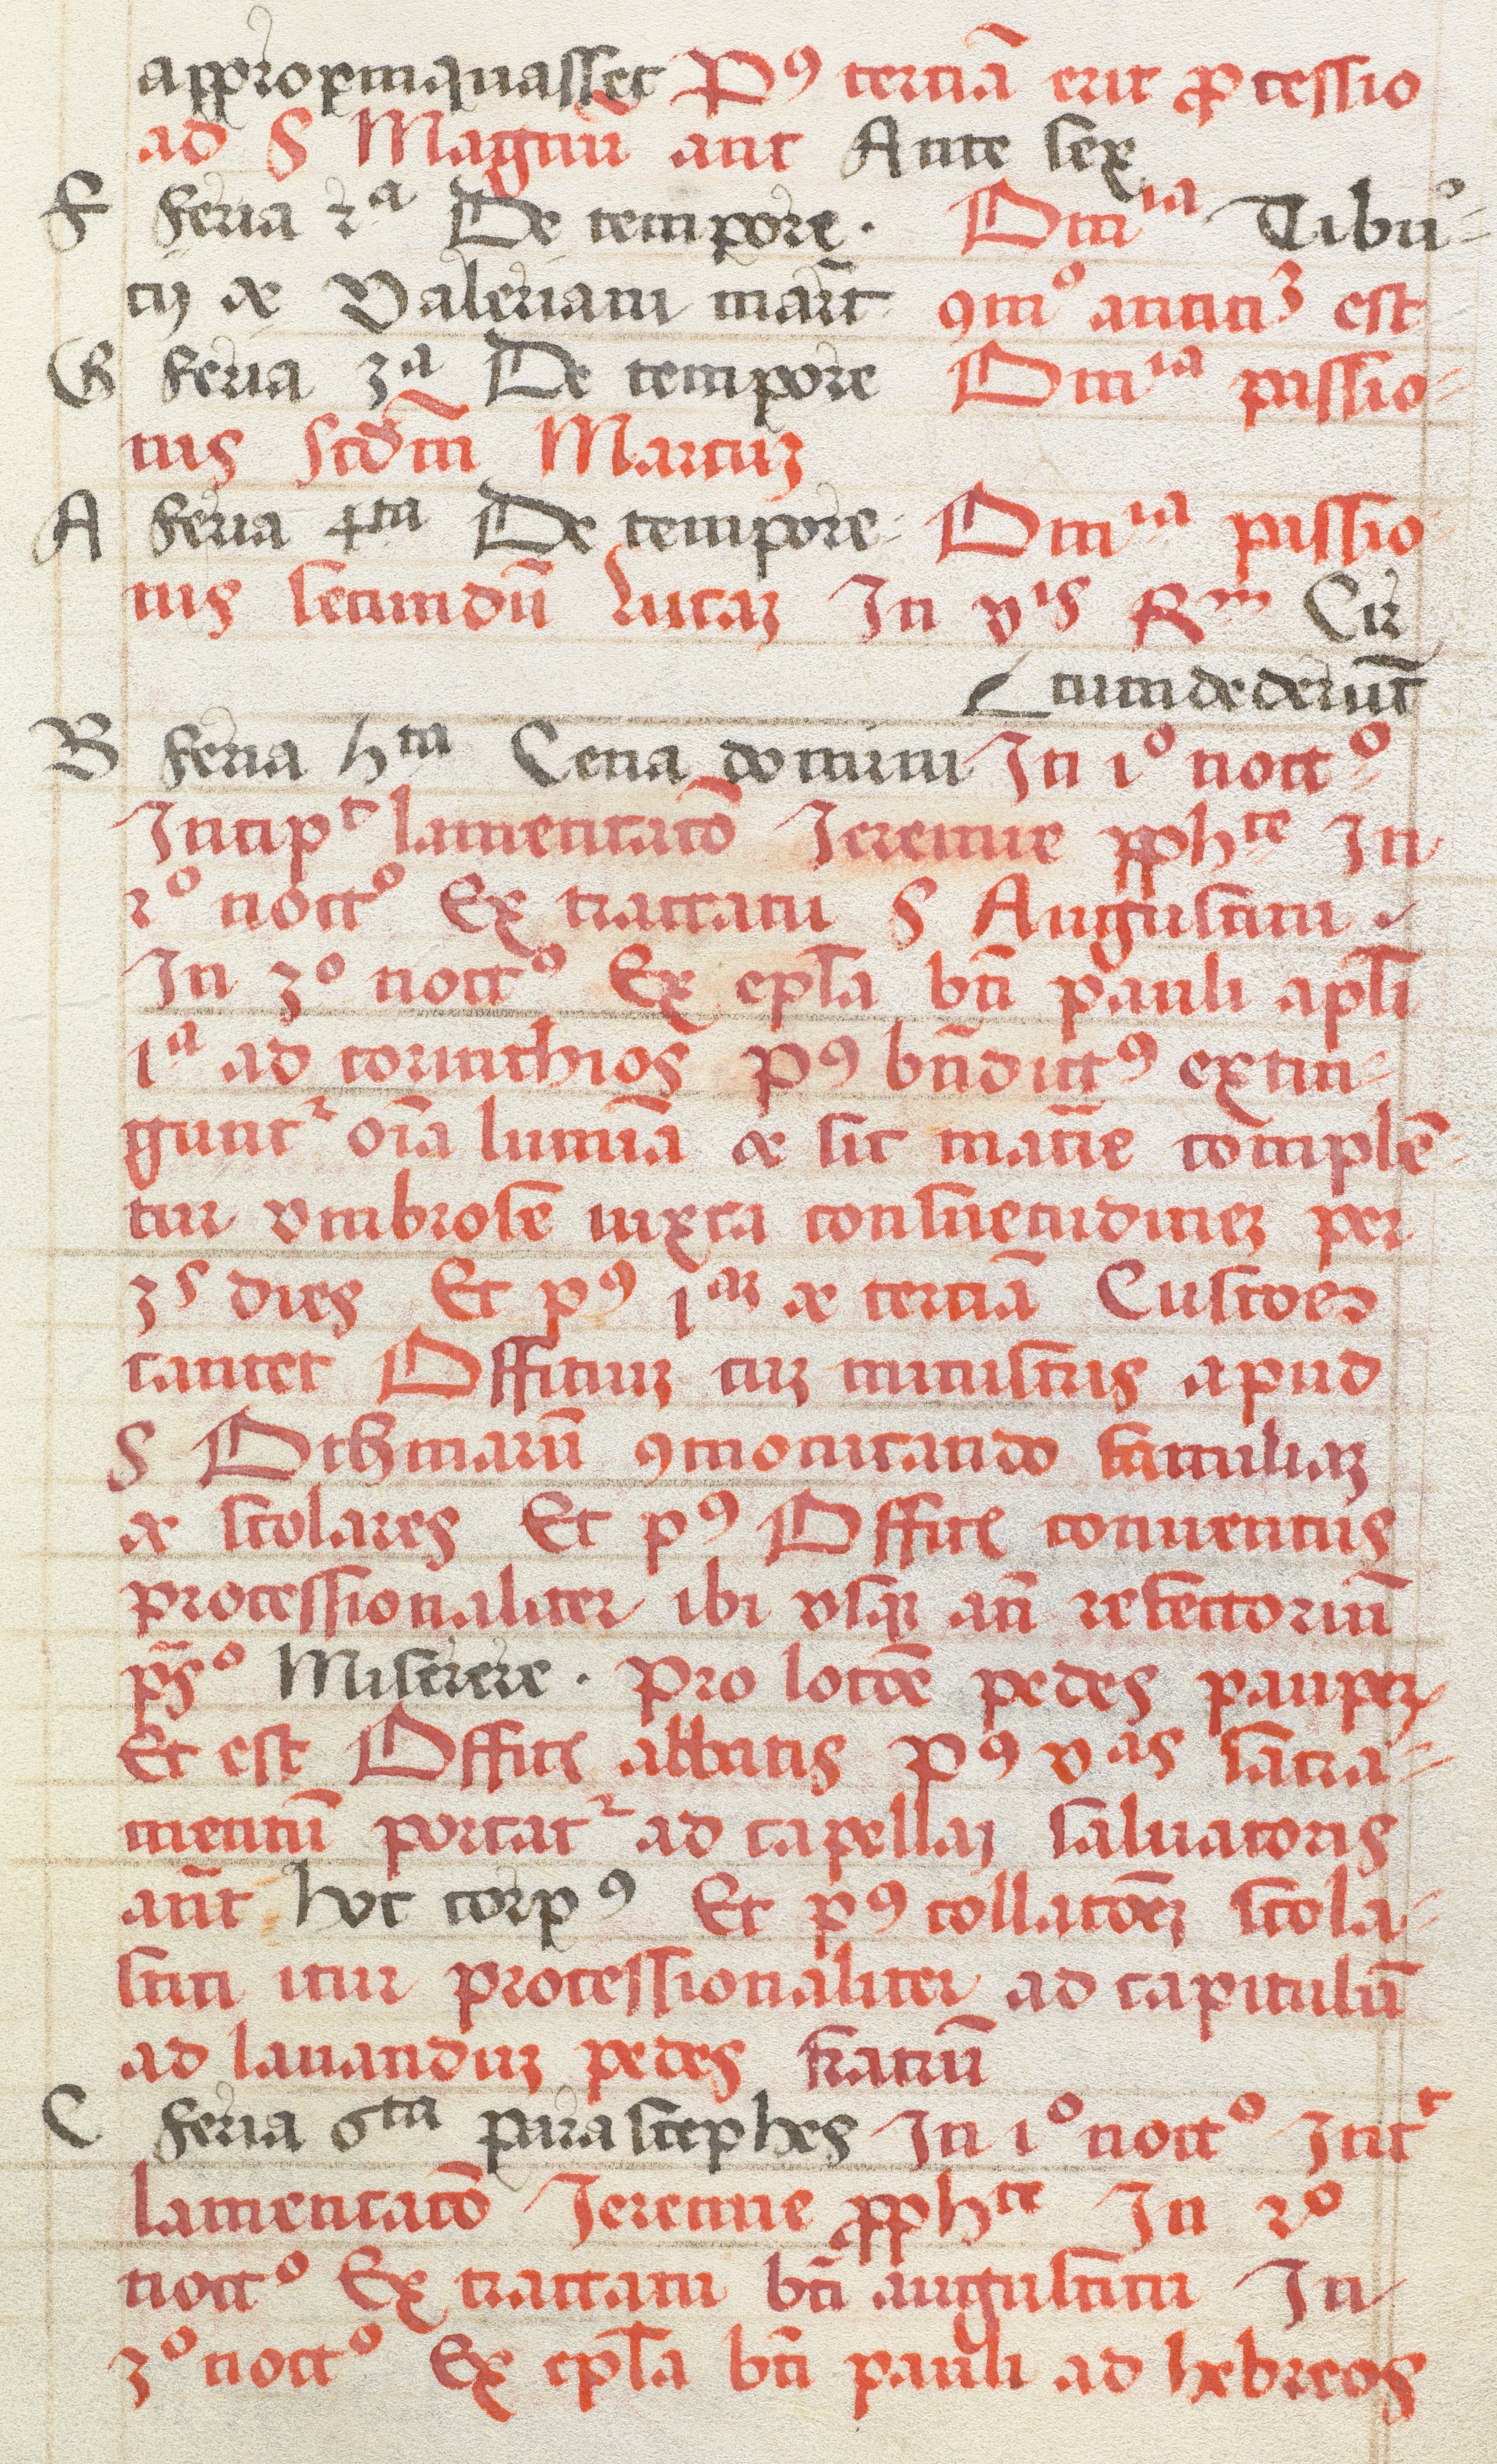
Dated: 1505–1535